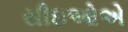
સીઇઓએ